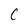
Character: C